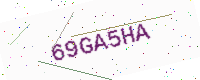
Text: 69GA5HA